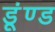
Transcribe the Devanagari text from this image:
डूंण्ड